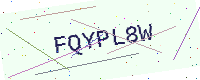
Text: FQYPL8W